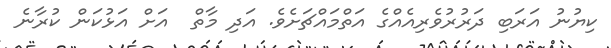
ކިޔުނު އަރަބި ދަރުރުވެރިއެއްގެ އަތްމައްޗަށެވެ. އަދި މާތް  އަށް އަޅުކަން ކުރާނެ